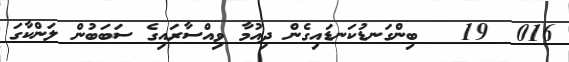
016  19   ބިންގަނޑުކަނޑައިގެން ދިއުމާ ވިއްސާރައިގެ ސަބަބުން ލަންކާގަ